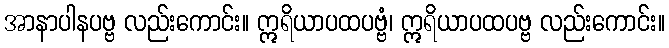
အာနာပါနပဗ္ဗ လည်းကောင်း။ ဣရိယာပထပဗ္ဗံ၊ ဣရိယာပထပဗ္ဗ လည်းကောင်း။